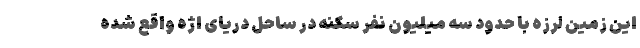
این زمین لرزه با حدود سه میلیون نفر سکنه در ساحل دریای اژه واقع شده